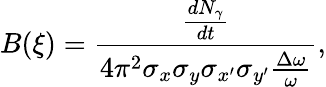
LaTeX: B(\xi)=\frac{\frac{dN_{\gamma}}{dt}}{4\pi^{2}\sigma_{x}\sigma_{y}\sigma_{x^{\prime}}\sigma_{y^{\prime}}\frac{\Delta\omega}{\omega}},